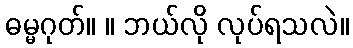
ဓမ္မဂုတ်။ ။ ဘယ်လို လုပ်ရသလဲ။